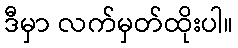
ဒီမှာ လက်မှတ်ထိုးပါ။